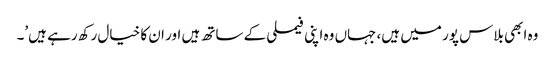
وہ ابھی بلاس پور میں ہیں، جہاں وہ اپنی فیملی کے ساتھ ہیں اور ان کا خیال رکھ رہے ہیں’۔